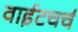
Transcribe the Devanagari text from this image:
वाईटचर्च